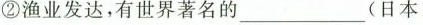
②渔业发达，有世界著名的___（日本